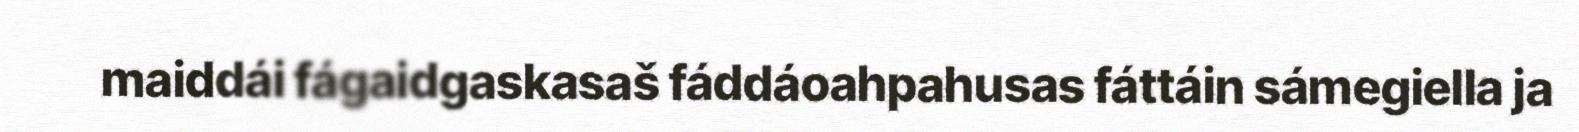
maiddái fágaidgaskasaš fáddáoahpahusas fáttáin sámegiella ja